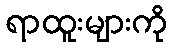
ရာထူးများကို